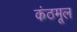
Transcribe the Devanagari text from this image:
कंठमूल